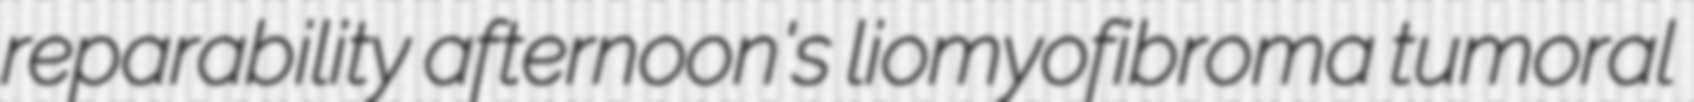
reparability afternoon's liomyofibroma tumoral